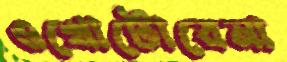
ওখোটোরেনা